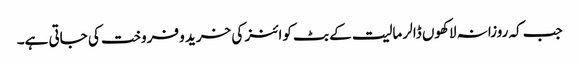
جب کہ روزانہ لاکھوں ڈالر مالیت کے بٹ کوائنز کی خرید و فروخت کی جاتی ہے۔